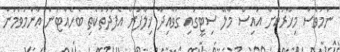
ނަމަވެސް މިހާރަކަށް އައިސް މާލޭ ސިޓީގައި ގަވާއިދާ ޚިލާފަށް އެފަދަތަކެތި ބެހެއްޓުން ޢާންމުވަމުން